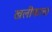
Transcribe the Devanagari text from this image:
खलीफाचा